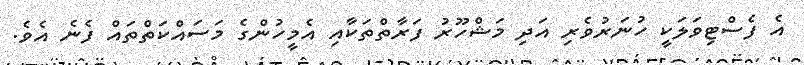
އެ ފެސްޓިވަލަކީ ހުނަރުވެރި އަދި މަޝްހޫރު ފަރާތްތަކާއި އެމީހުންގެ މަސައްކަތްތައް ފެނެ އެވެ.